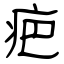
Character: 疤